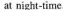
at night-time.